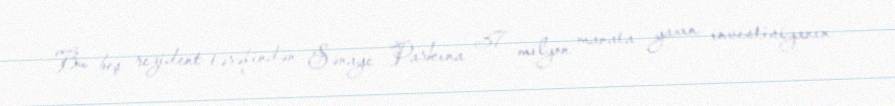
Bu beş rezident tərəfindən Sənaye Parkına 37 milyon manata yaxın investisiyanın